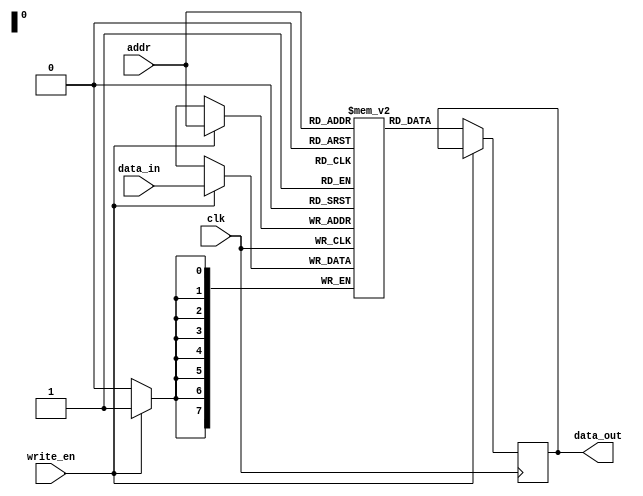
`timescale 1ns / 1ps
//////////////////////////////////////////////////////////////////////////////////
// Company: 
// Engineer: 
// 
// Design Name: 
// Module Name: sram
// Project Name: 
// Target Devices: 
// Tool Versions: 
// Description: 
// 
// Dependencies: 
// 
// Revision:
// Revision 0.01 - File Created
// Additional Comments:
// 
//////////////////////////////////////////////////////////////////////////////////


module sram #(
    parameter ADDR_WIDTH = 8, DATA_WIDTH = 8, DEPTH = 256, MEMFILE = ""
    )(
    input wire clk,
    input wire [ADDR_WIDTH-1:0] addr,
    input wire write_en,
    input wire [DATA_WIDTH-1:0] data_in,
    output reg [DATA_WIDTH-1:0] data_out
    );
    reg [DATA_WIDTH-1:0] memory_array[0:DEPTH-1];

    initial begin
        if (MEMFILE > 0)
        begin
            $display("Loading memory init file '" + MEMFILE + "' into array.");
            $readmemh(MEMFILE, memory_array);
        end
    end

    always @(posedge clk) begin
        if(write_en) begin
            memory_array[addr] <= data_in;
        end
        else begin
            data_out <= memory_array[addr];
        end
    end
endmodule